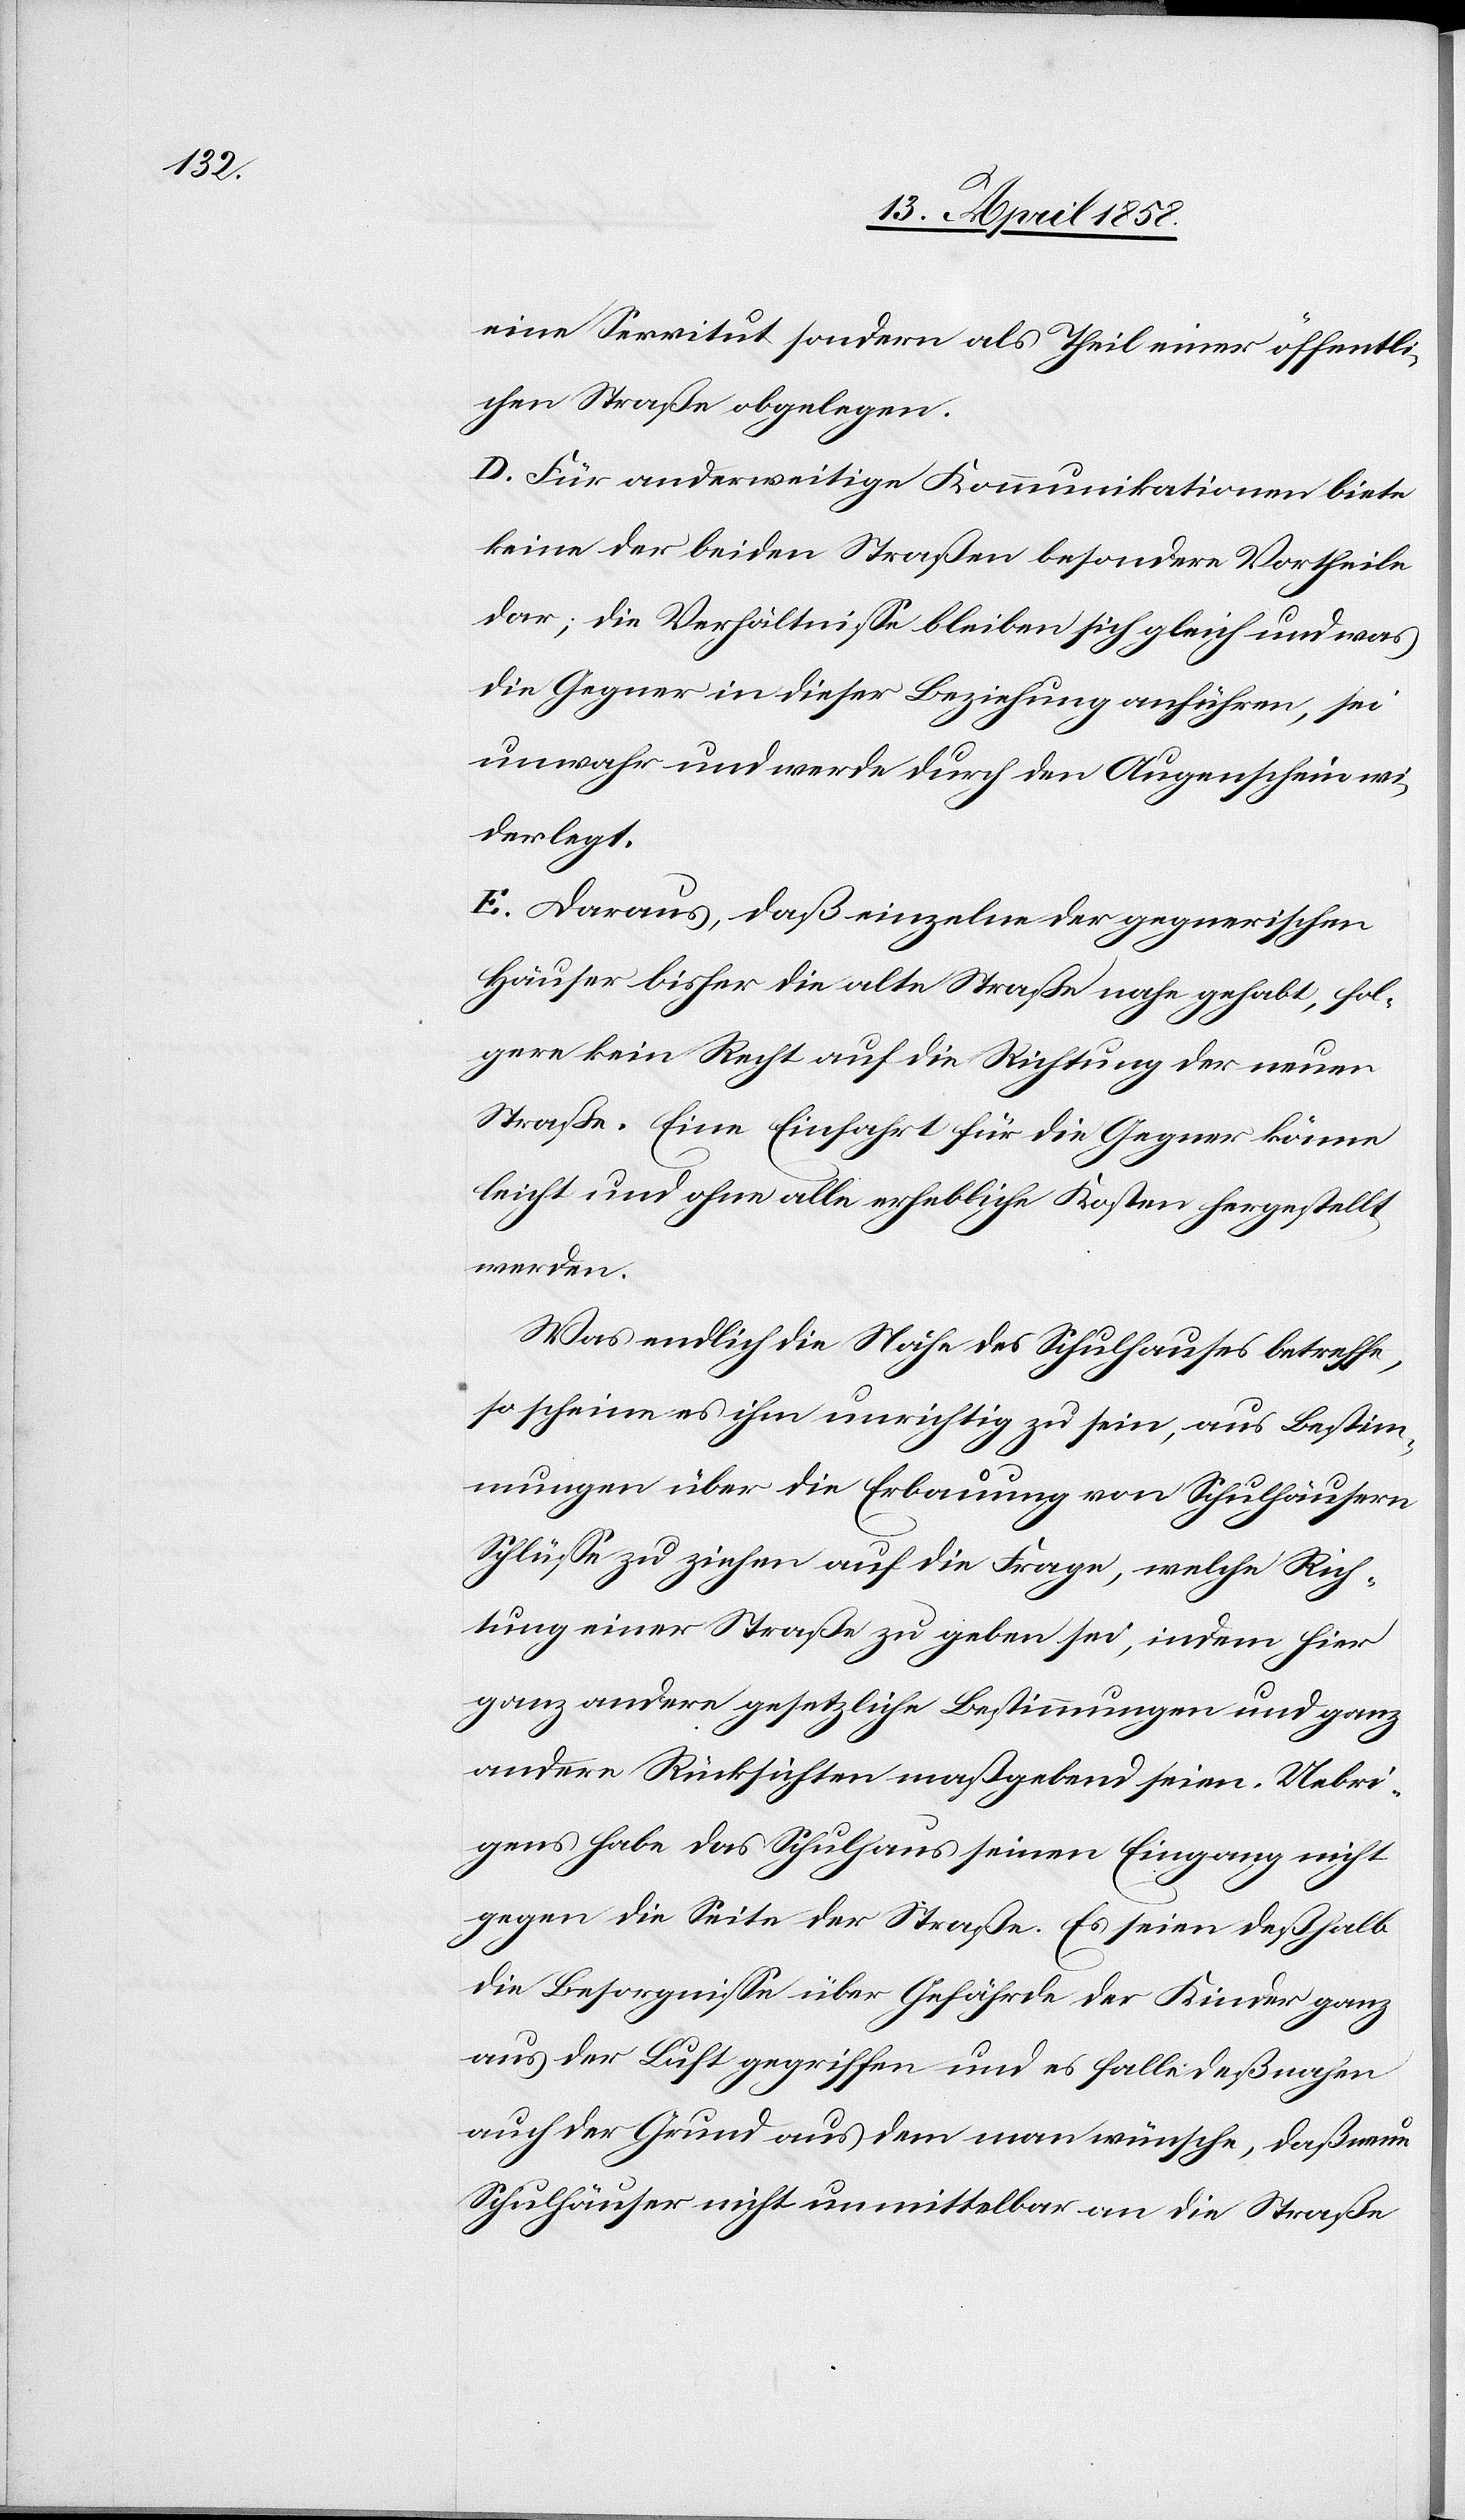
eine Servitut sondern als Teil einer öffentli¬
chen Straße obgelegen.
D. Für anderweitige Kommunikation biete
keine der beiden Straßen besondere Vortheile
dar; die Verhältnisse bleiben sich gleich und was
die Gegner in dieser Beziehung anführen, sei
unwahr und werde durch den Augenschein wi¬
derlegt.
E. Daraus, daß einzelne der gegnerischen
Häuser bisher die alten Straße nahe gehabt, fol¬
gere kein Recht auf die Richtung der neuen
Straße. Eine Einfahrt für die Gegner könne
leicht und ohne alle erhebliche Kosten hergestellt
werden.
Was endlich die Nähe des Schulhauses betreffe,
so scheine es ihm unrichtig zu sein, aus Bestim¬
mungen über die Erbauung von Schulhäusern
Schlüsse zu ziehen, auf die Frage, welche Rich¬
tung einer Straße zu geben sei, indem hier
ganz andere gesetzliche Bestimmungen und ganz
andere Rücksichten maßgebend seien. Uebri¬
gens habe das Schulhaus seinen Eingang nicht
gegen die Seite der Straße. Es seien deßhalb
die Besorgnisse über Gefährde der Kinder ganz
aus der Luft gegriffen und es falle deßnahen
auch der Grund aus dem man wünsche, daß neue
Schulhäuser nicht unmittelbar an die Straße